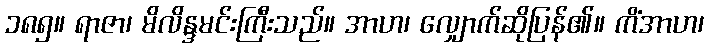
၁၈၅။ ရာဇာ၊ မိလိန္ဒမင်းကြီးသည်။ အာဟ၊ လျှောက်ဆိုပြန်၏။ ကိံအာဟ၊